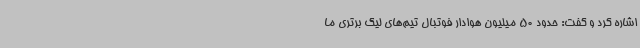
اشاره کرد و گفت: حدود 50 میلیون هوادار فوتبال تیم‌های لیگ برتری ما